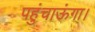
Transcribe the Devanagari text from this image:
पहुंचाऊंगा।